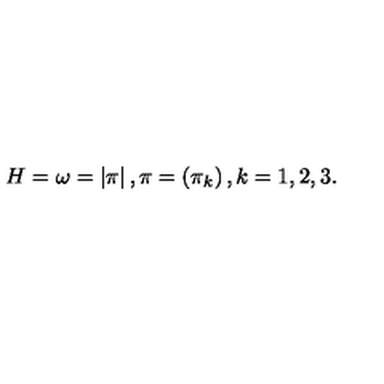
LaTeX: H = \omega = \left| \mathrm { \boldmath \pi } \right| , \mathrm { \boldmath \pi } = \left( \pi _ { k } \right) , k = 1 , 2 , 3 .